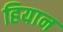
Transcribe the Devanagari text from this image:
हियान